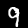
Digit: 9